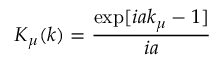
K _ { \mu } ( k ) = \frac { \exp [ i a k _ { \mu } - 1 ] } { i a }